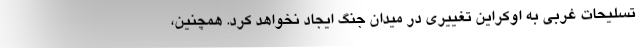
تسلیحات غربی به اوکراین تغییری در میدان جنگ ایجاد نخواهد کرد. همچنین،